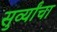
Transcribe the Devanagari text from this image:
सुर्व्यांचा